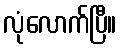
လုံလောက်ပြီ။